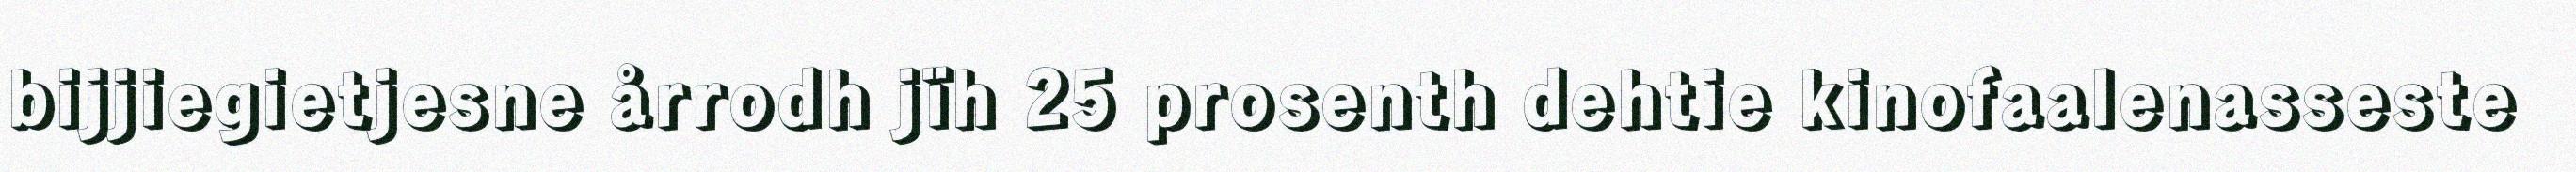
bijjiegietjesne årrodh jïh 25 prosenth dehtie kinofaalenasseste